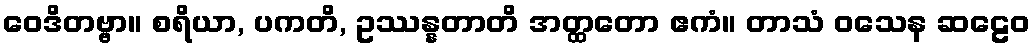
ဝေဒိတဗ္ဗာ။ စရိယာ, ပကတိ, ဥဿန္နတာတိ အတ္ထတော ဧကံ။ တာသံ ဝသေန ဆဠေဝ